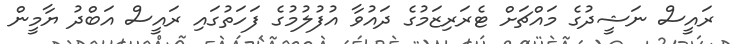
ރައީސް ނަޝީދުގެ މައްޗަށް ޓެރަރިޒަމުގެ ދައުވާ އުފުލުމުގެ ފަހަތުގައި ރައީސް އަބްދު ޔާމީން